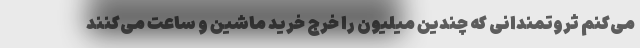
می‌کنم ثروتمندانی که چندین میلیون را خرج خرید ماشین و ساعت می‌کنند